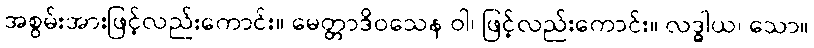
အစွမ်းအားဖြင့်လည်းကောင်း။ မေတ္တာဒိဝသေန ဝါ၊ ဖြင့်လည်းကောင်း။ လဒ္ဓါယ၊ သော။